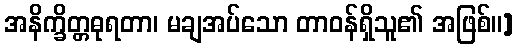
အနိက္ခိတ္တဓုရတာ၊ မချအပ်သော တာဝန်ရှိသူ၏ အဖြစ်။]